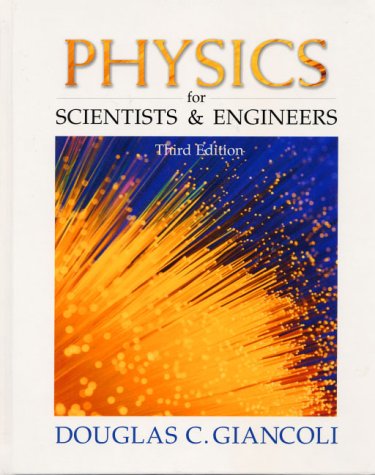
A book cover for Physics for Scientists and Engineers (3rd Edition); Douglas C. Giancoli; Science & Math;